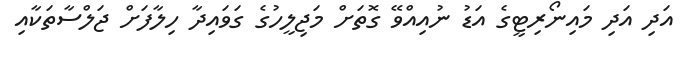
އަދި އަދި މައިނޯރިޓީގެ އަޑު ނުއިއްވޭ ގޮތަށް މަޖިލީހުގެ ގަވައިދާ ހިލާފަށް ޖަލްސާތަކާއި